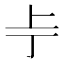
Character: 𫠢